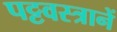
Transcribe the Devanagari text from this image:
पट्टवस्त्रानें